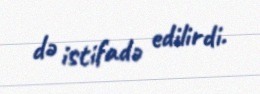
də istifadə edilirdi.